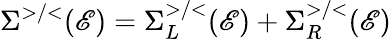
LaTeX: \Sigma^{>/<}(\mathscr{E})=\Sigma_{L}^{>/<}(\mathscr{E})+\Sigma_{R}^{>/<}(\mathscr{E})